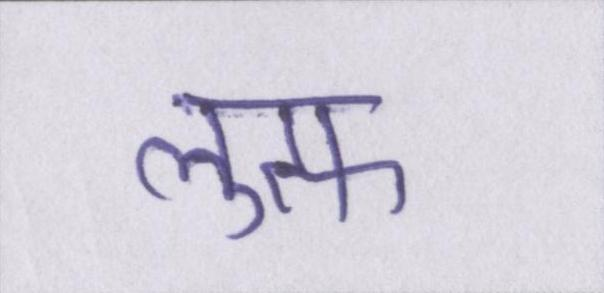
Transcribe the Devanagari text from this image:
लुत्फ